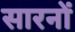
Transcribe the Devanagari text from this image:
सारनों